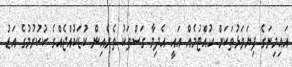
އައިމިނަގެ ފިޔަވަޅުތަކަށް ހުއްޓުމެއް އައީ އެދިމާ ގަސްތަކު ތެރެއިން ކުޑަކުއްޖެއްގެ ކުކުރުމުގެ އަޑު